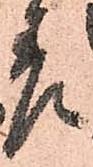
差